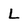
Character: L